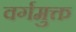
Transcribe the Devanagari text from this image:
वर्गमुक्त